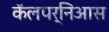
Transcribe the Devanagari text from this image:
कॅलपर्निआस